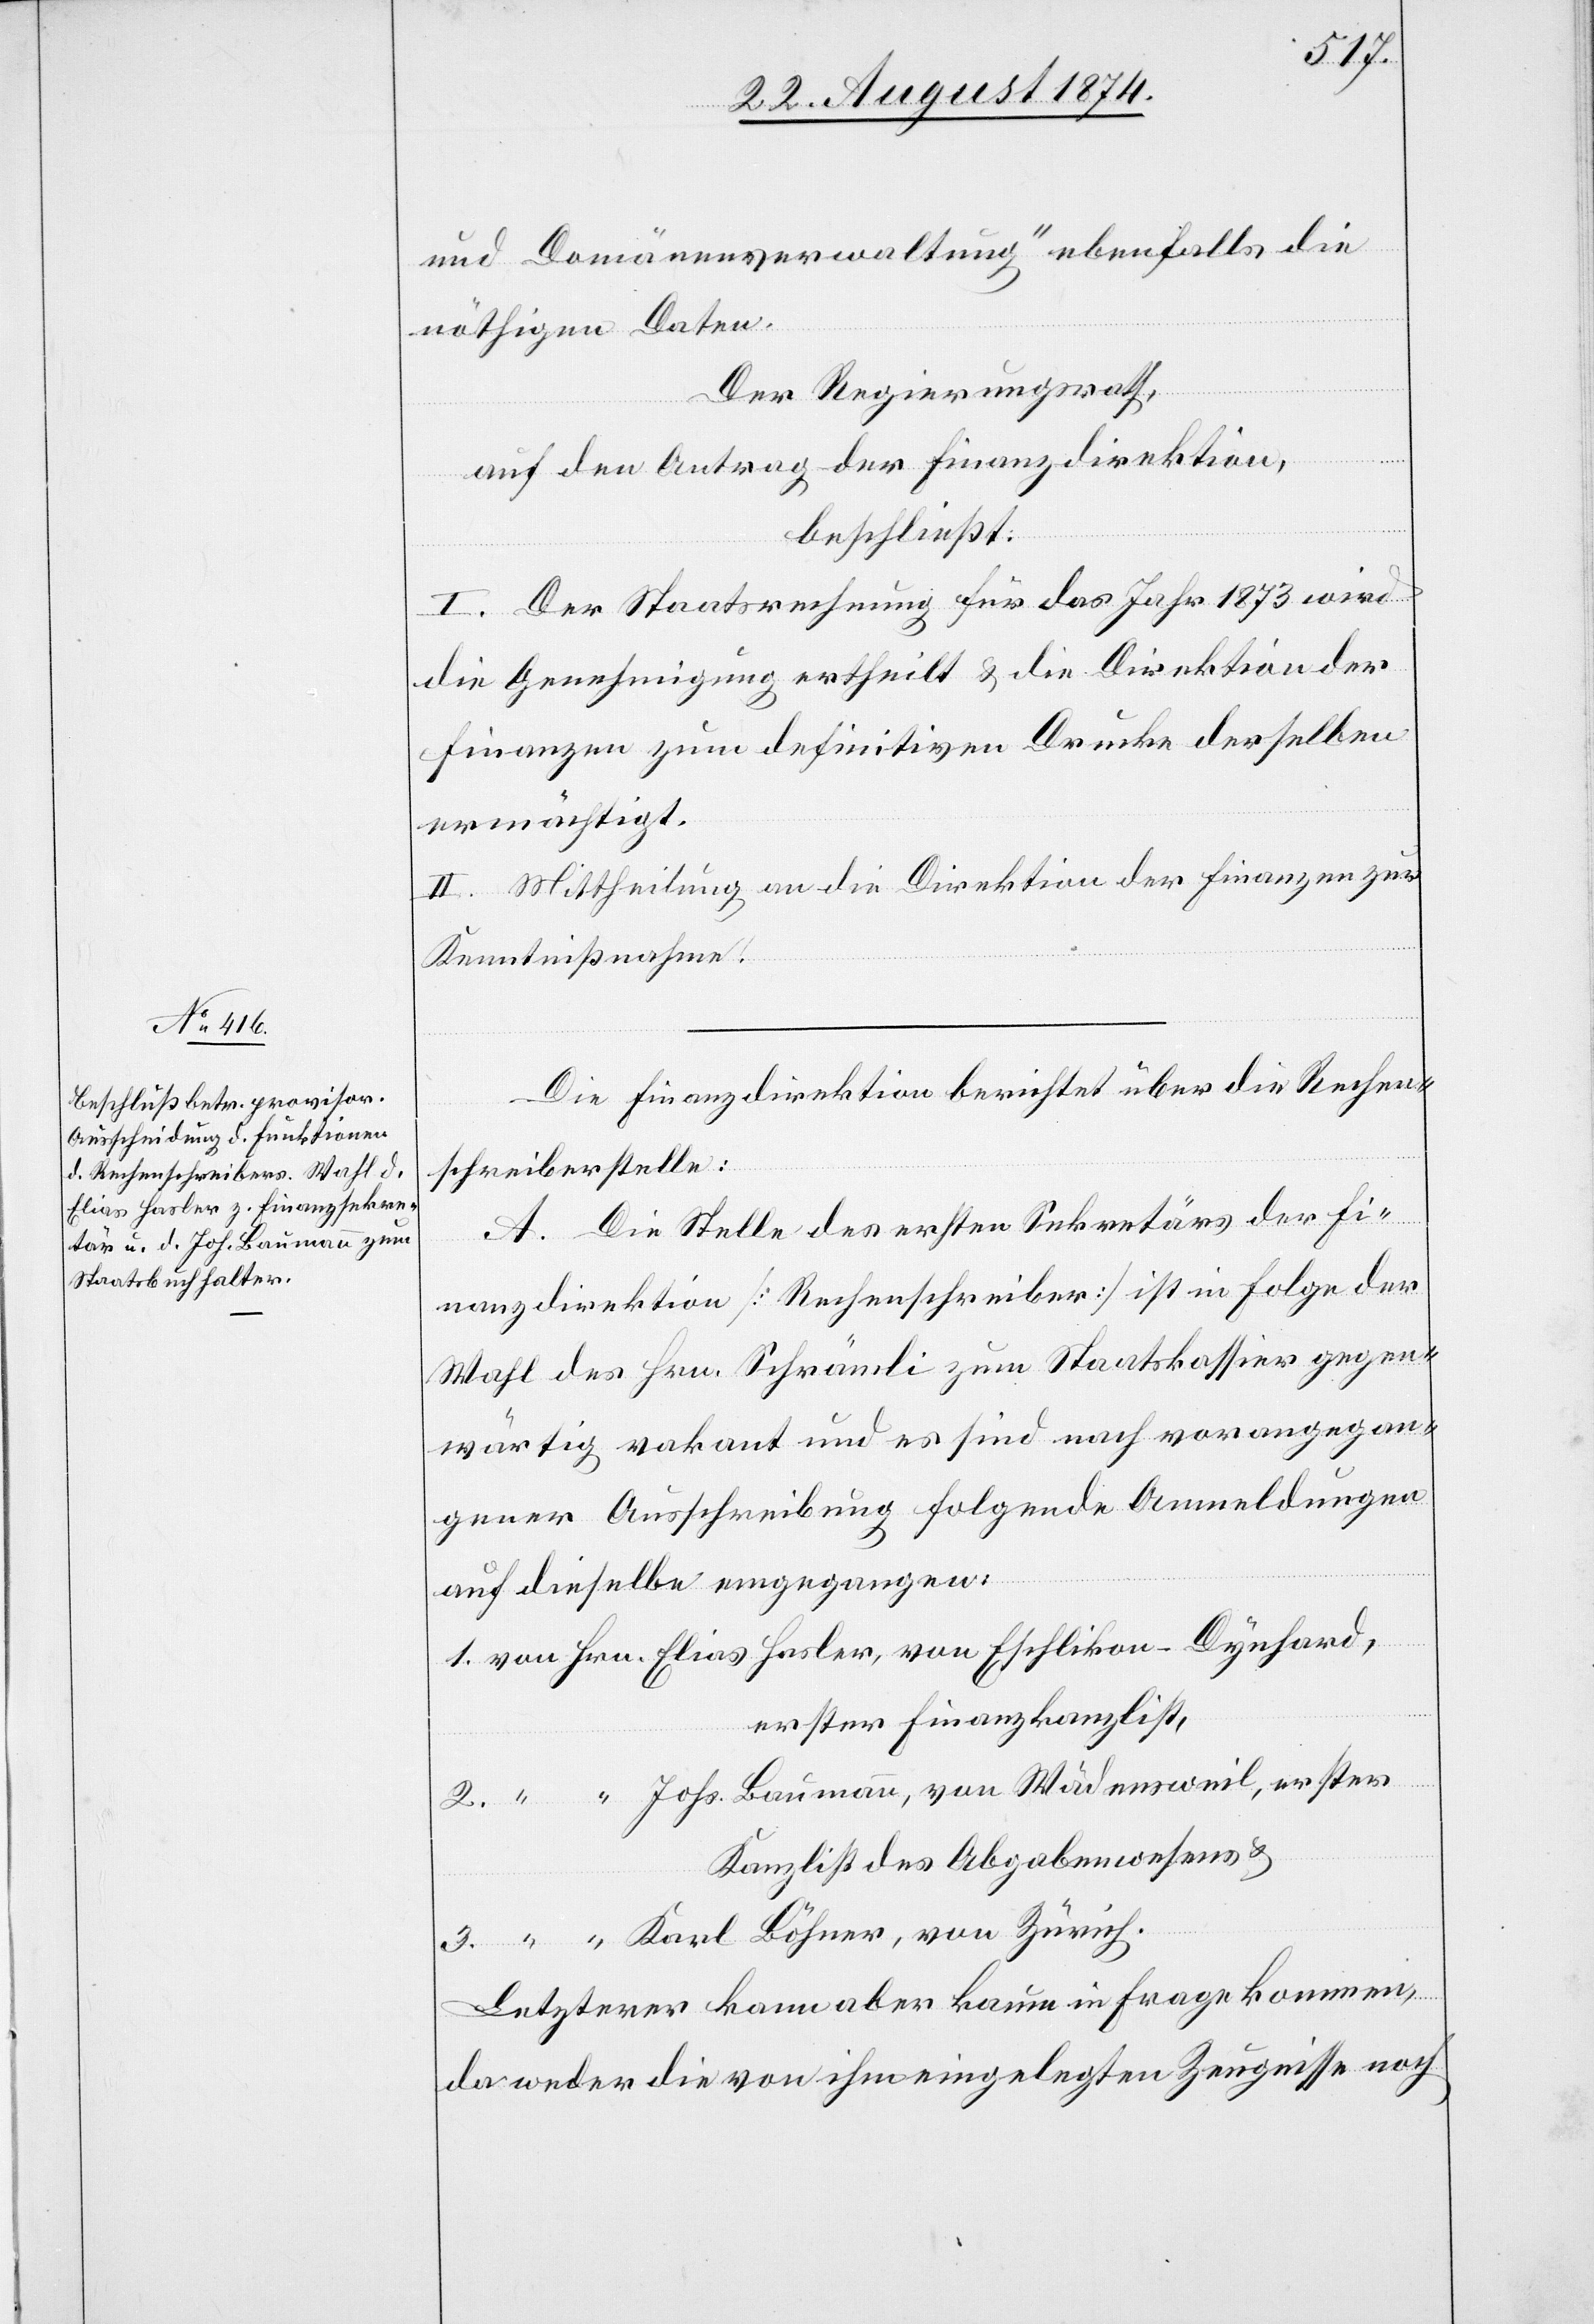
und Domänenverwaltung“ ebenfalls die
nöthigen Daten.
“
Der Regierungsrath,
auf den Antrag der Finanzdirektion,
beschließt:
I. Der Staatsrechnung für das Jahr 1873 wird
die Genehmigung ertheilt u. die Direktion der
Finanzen zum definitiven Drucke derselben
ermächtigt.
II. Mittheilung an die Direktion der Finanzen zur
Kenntnißnahme.
Die Finanzdirektion berichtet über die Rechen¬
schreiberstelle:
A. Die Stelle des ersten Sekretärs der Fi¬
nanzdirektion [Rechenschreiber] ist in Folge der
Wahl des Hrn. Schrämli zum Staatskassier gegen¬
wärtig vakant und es sind nach vorangegan¬
gener Ausschreibung folgende Anmeldungen
auf dieselbe eingegangen:
erster Finanzkanzlist,
Kanzlist des Abgabenwesens u.
Letzterer kann aber kaum in Frage kommen,
da weder die von ihm eingelegten Zeugnisse noch